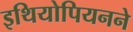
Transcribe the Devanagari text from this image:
इथियोपियनने